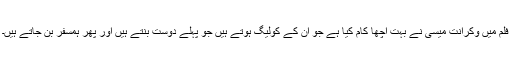
فلم میں وکرانت میسی نے بہت اچھا کام کیا ہے جو ان کے کولیگ ہوتے ہیں جو پہلے دوست بنتے ہیں اور پھر ہمسفر بن جاتے ہیں۔